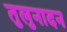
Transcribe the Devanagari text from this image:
तुलुनादन